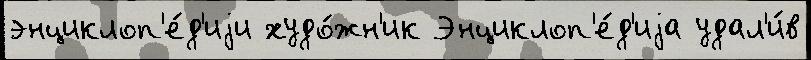
энциклоп'е́д'иjи худо́жн'ик Энциклоп'е́д'иjа удал'и́в